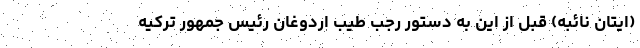
(ایتان نائبه) قبل از این به دستور رجب طیب اردوغان رئیس جمهور ترکیه